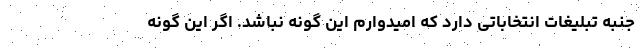
جنبه تبلیغات انتخاباتی دارد که امیدوارم این گونه نباشد. اگر این گونه